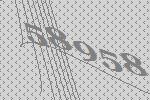
58958